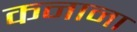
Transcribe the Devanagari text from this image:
कनाना